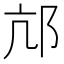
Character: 邟